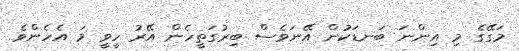
މަގޭގެ މި އިންނަ ބަނޑަކުން އޭނަވެސް ބިރުގަތީހެން އޭރު ހީވީ މަ އެހެންވެ